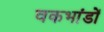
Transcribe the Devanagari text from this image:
वकभांडों